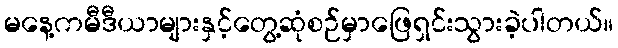
မနေ့ကမီဒီယာများနှင့်တွေ့ဆုံစဉ်မှာဖြေရှင်းသွားခဲ့ပါတယ်။